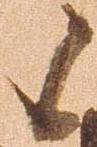
候